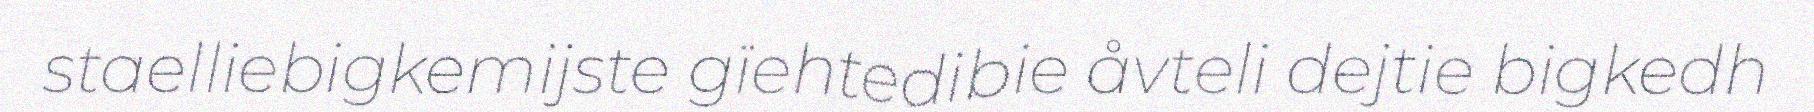
staelliebigkemijste gïehtedibie åvteli dejtie bigkedh